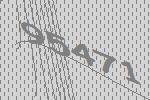
95471